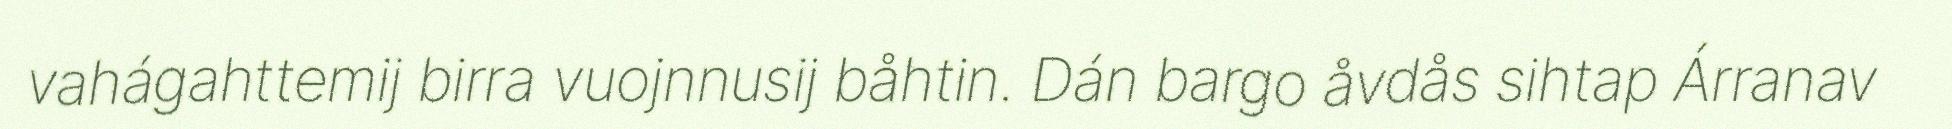
vahágahttemij birra vuojnnusij båhtin. Dán bargo åvdås sihtap Árranav